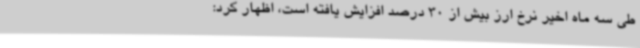
طی سه ماه اخیر نرخ ارز بیش از 30 درصد افزایش یافته است، اظهار کرد: